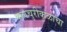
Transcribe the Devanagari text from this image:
कलचुरीकुळाचा